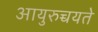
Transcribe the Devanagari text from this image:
आयुरुच्चयते